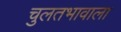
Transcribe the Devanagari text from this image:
चुलतभावाला